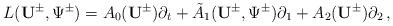
LaTeX: \begin{align*}L({\mathbf U}^\pm,\Psi^\pm)=A_0({\mathbf U}^\pm)\partial_t+\tilde{A}_1({\mathbf U}^\pm,\Psi^\pm)\partial_1+A_2({\mathbf U}^\pm)\partial_2\,,\end{align*}